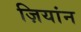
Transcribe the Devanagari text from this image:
ज़ियांन